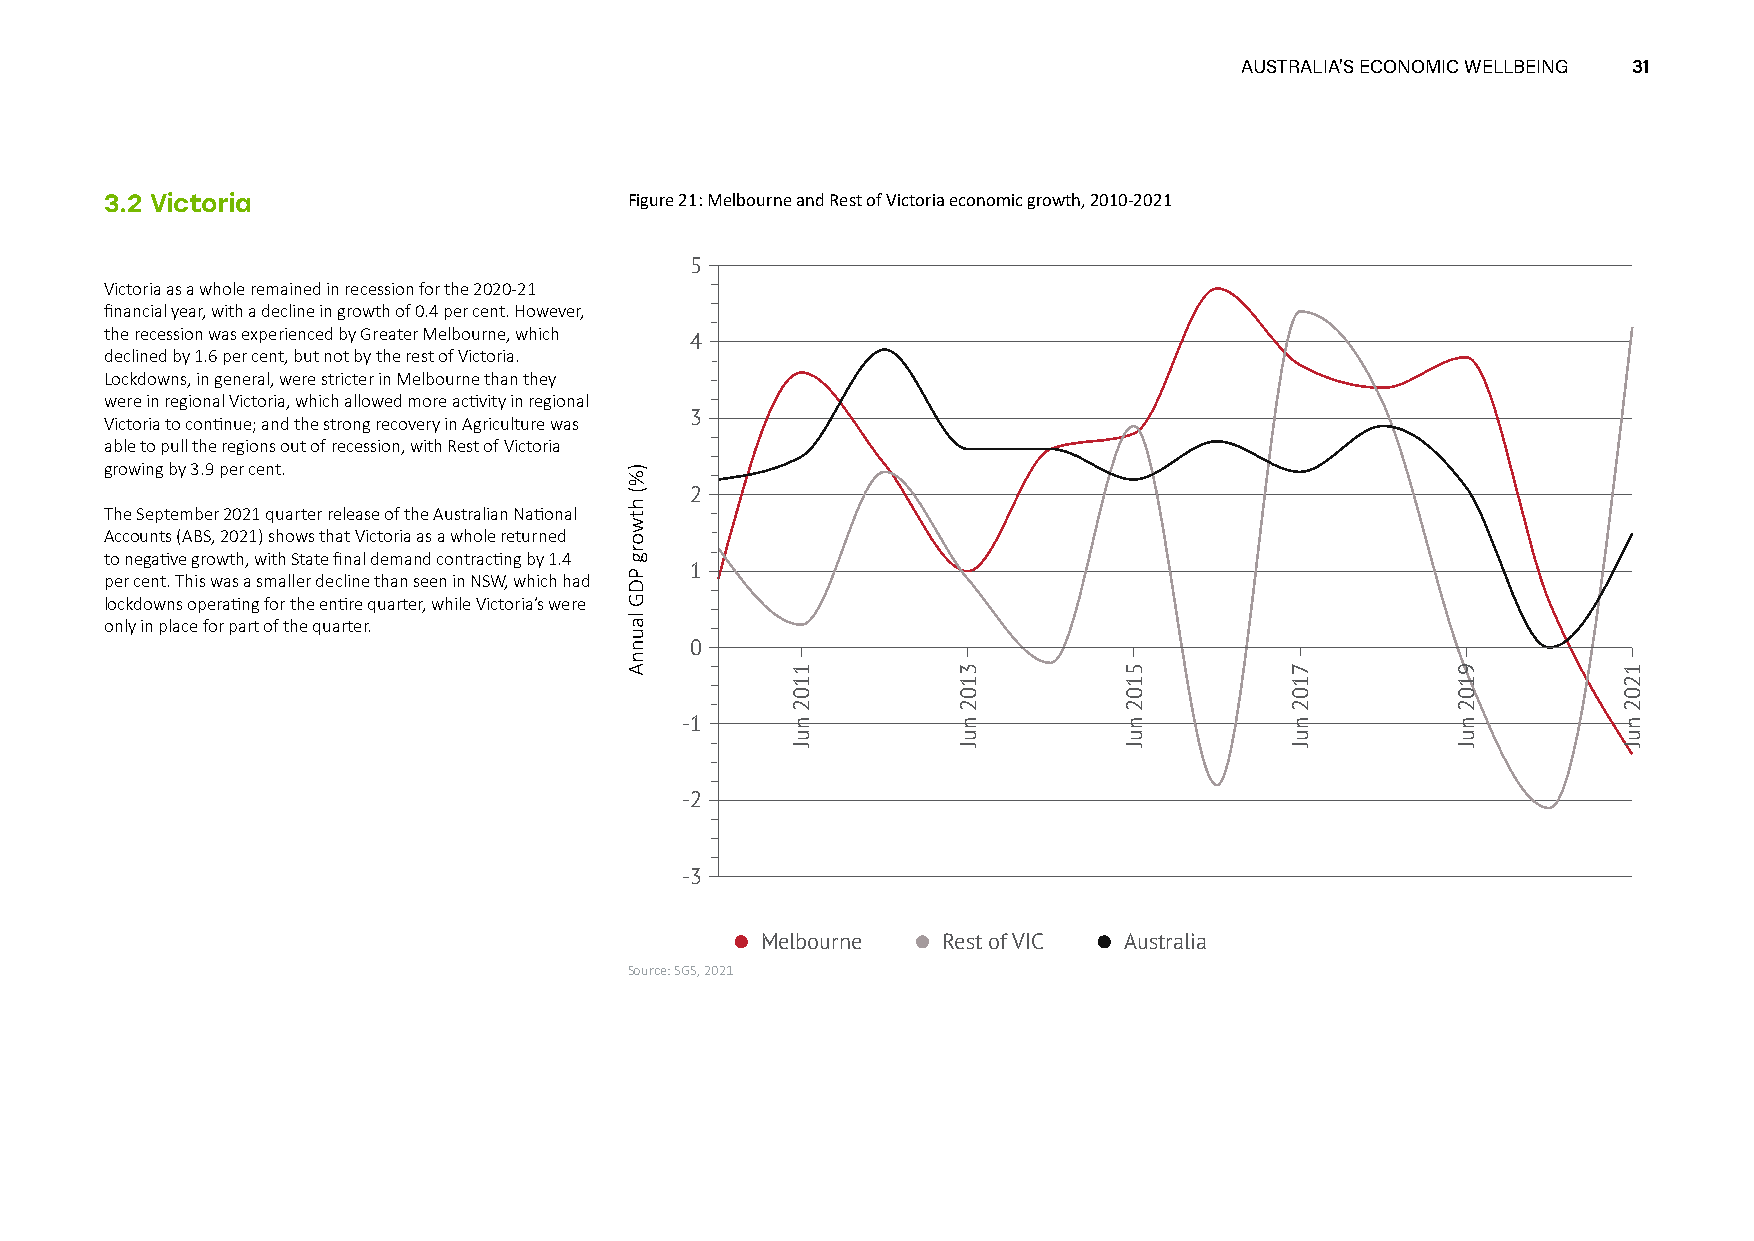
AUSTRALIA’S ECONOMIC WELLBEING 31
 3.2 Victoria                       Figure 21: Melbourne and Rest of Victoria economic growth, 2010-2021
 5
 Victoria as a whole remained in recession for the 2020-21
 financial year, with a decline in growth of 0.4 per cent. However,
 the recession was experienced by Greater Melbourne, which
 4
 declined by 1.6 per cent, but not by the rest of Victoria.
 Lockdowns, in general, were stricter in Melbourne than they
 were in regional Victoria, which allowed more activity in regional
 3
 Victoria to continue; and the strong recovery in Agriculture was
 able to pull the regions out of recession, with Rest of Victoria
 growing by 3.9 per cent.
 2
 The September 2021 quarter release of the Australian National
 Accounts (ABS, 2021) shows that Victoria as a whole returned
 to negative growth, with State final demand contracting by 1.4
 1
 per cent. This was a smaller decline than seen in NSW, which had
 lockdowns operating for the entire quarter, while Victoria’s were
 only in place for part of the quarter.
 0
 -1
 -2
 -3
 Melbourne   Rest of VIC Australia
 Source: SGS, 2021
 1102
 nuJ
 3102
 nuJ
 5102
 nuJ
 7102
 nuJ
 9102
 nuJ
 1202
 nuJ